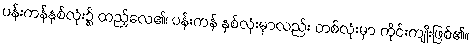
ပန်းကန်နှစ်လုံး၌ ထည့်လေ၏၊ ပန်းကန် နှစ်လုံးမှာလည်း တစ်လုံးမှာ ကိုင်းကျိုးဖြစ်၏။